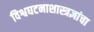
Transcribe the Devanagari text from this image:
विश्वघटनाशास्त्रज्ञांचा